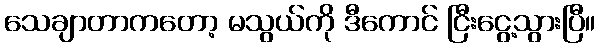
သေချာတာကတော့ မသွယ်ကို ဒီကောင် ငြီးငွေ့သွားပြီ။